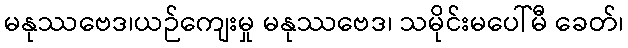
မနုဿဗေဒ၊ယဉ်ကျေးမှု မနုဿဗေဒ၊ သမိုင်းမပေါ်မီ ခေတ်၊